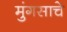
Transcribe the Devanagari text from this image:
मुंगसाचे